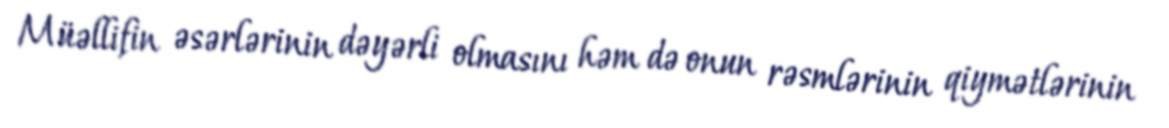
Müəllifin əsərlərinin dəyərli olmasını həm də onun rəsmlərinin qiymətlərinin